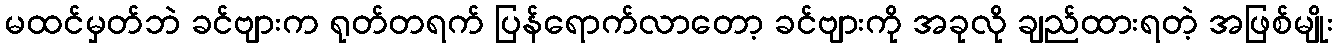
မထင်မှတ်ဘဲ ခင်ဗျားက ရုတ်တရက် ပြန်ရောက်လာတော့ ခင်ဗျားကို အခုလို ချည်ထားရတဲ့ အဖြစ်မျိုး